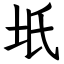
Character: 坁